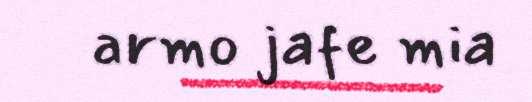
armo jafe mia